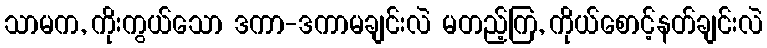
သာမက, ကိုးကွယ်သော ဒကာ-ဒကာမချင်းလဲ မတည့်ကြ, ကိုယ်စောင့်နတ်ချင်းလဲ